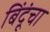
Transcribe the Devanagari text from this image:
बिंदूंचा